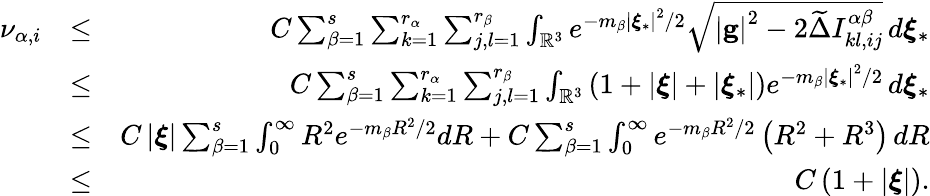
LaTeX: \begin{array}{rlr}{\nu_{\alpha,i}}&{\leq}&{C\sum_{\beta=1}^{s}\sum_{k=1}^{r_{\alpha}}\sum_{j,l=1}^{r_{\beta}}\int_{\mathbb{R}^{3}}e^{-m_{\beta}\left\vert\boldsymbol{\xi}_{\ast}\right\vert^{2}/2}\sqrt{\left\vert\mathbf{g}\right\vert^{2}-2\widetilde{\Delta}I_{kl,ij}^{\alpha\beta}}\, d\boldsymbol{\xi}_{\ast}}\\ &{\leq}&{C\sum_{\beta=1}^{s}\sum_{k=1}^{r_{\alpha}}\sum_{j,l=1}^{r_{\beta}}\int_{\mathbb{R}^{3}}\left(1+\left\vert\boldsymbol{\xi}\right\vert+\left\vert\boldsymbol{\xi}_{\ast}\right\vert\right)e^{-m_{\beta}\left\vert\boldsymbol{\xi}_{\ast}\right\vert^{2}/2}\, d\boldsymbol{\xi}_{\ast}}\\ &{\leq}&{C\left\vert\boldsymbol{\xi}\right\vert\sum_{\beta=1}^{s}\int_{0}^{\infty}R^{2}e^{-m_{\beta}R^{2}/2}dR+C\sum_{\beta=1}^{s}\int_{0}^{\infty}e^{-m_{\beta}R^{2}/2}\left(R^{2}+R^{3}\right)\, dR}\\ &{\leq}&{C\left(1+\left\vert\boldsymbol{\xi}\right\vert\right)\mathrm{.}}\end{array}